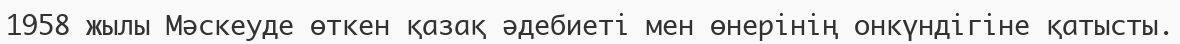
1958 жылы Мәскеуде өткен қазақ әдебиеті мен өнерінің онкүндігіне қатысты.